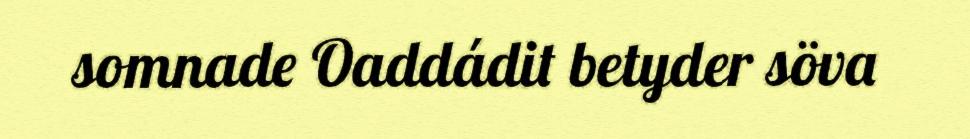
somnade Oaddádit betyder söva